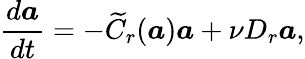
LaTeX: \frac{d\boldsymbol{a}}{dt}=-\widetilde{C}_{r}(\boldsymbol{a})\boldsymbol{a}+\nu D_{r}\boldsymbol{a},